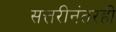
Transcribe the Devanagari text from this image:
सत्तरीनंतरही